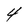
Character: 4